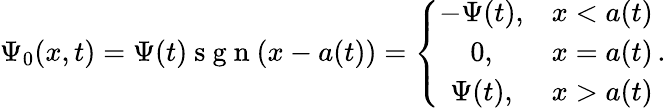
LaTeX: \Psi_{0}(x,t)=\Psi(t)\mathrm{~s~g~n~}(x-a(t))=\left\{ \begin{array}{cl}{-\Psi(t),}&{x<a(t)}\\ {0,}&{x=a(t)}\\ {\Psi(t),}&{x>a(t)}\end{array}\right.\, .